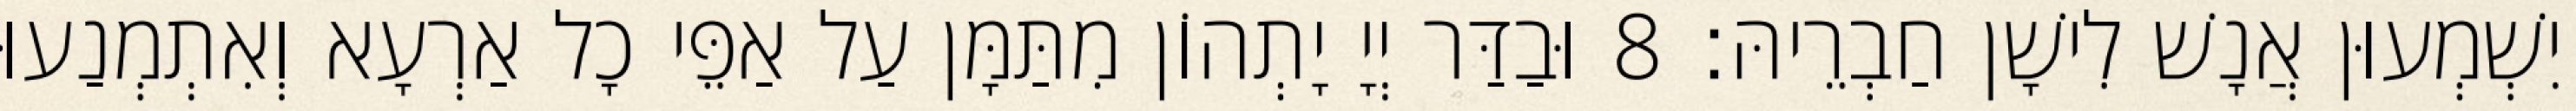
יִשְׁמְעוּן אֲנָשׁ לִישָׁן חַבְרֵיהּ׃ 8 וּבַדַּר יְיָ יָתְהוֹן מִתַּמָּן עַל אַפֵּי כָל אַרְעָא וְאִתְמְנַעוּ